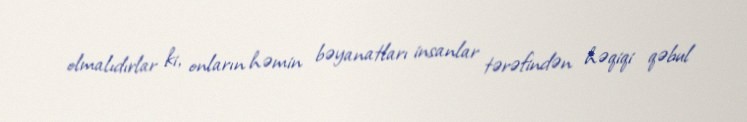
olmalıdırlar ki, onların həmin bəyanatları insanlar tərəfindən həqiqi qəbul